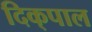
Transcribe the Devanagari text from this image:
दिक्‌पाल